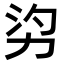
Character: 𠡑